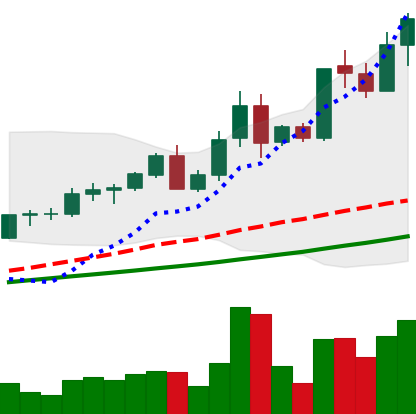
Ticker: LTC-USD
Chart end date: 2021-04-14
Forward return: -6.373%
Label: down_5_7